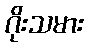
ဂိုးသမား